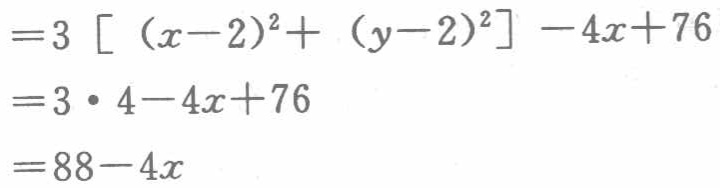
\[

\begin{align*}

&=3\left[(x - 2)^2+(y - 2)^2\right]-4x + 76\\

&=3\cdot4-4x + 76\\

&=88-4x

\end{align*}

\]